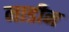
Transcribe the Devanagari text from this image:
नाडीन